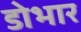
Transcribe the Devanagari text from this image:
डोभार